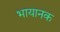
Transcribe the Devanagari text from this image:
भायानक